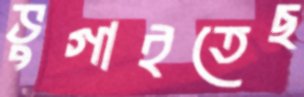
ভুগাইতেছ